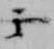
云